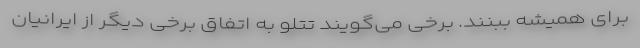
برای همیشه ببنند. برخی می‌گویند تتلو به اتفاق برخی دیگر از ایرانیان